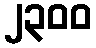
၂၃၀၀